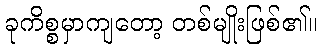
ခုကိစ္စမှာကျတော့ တစ်မျိုးဖြစ်၏။